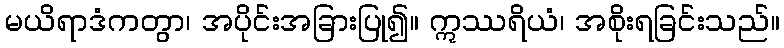
မယိရာဒံကတွာ၊ အပိုင်းအခြားပြု၍။ ဣဿရိယံ၊ အစိုးရခြင်းသည်။